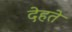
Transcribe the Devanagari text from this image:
देहते